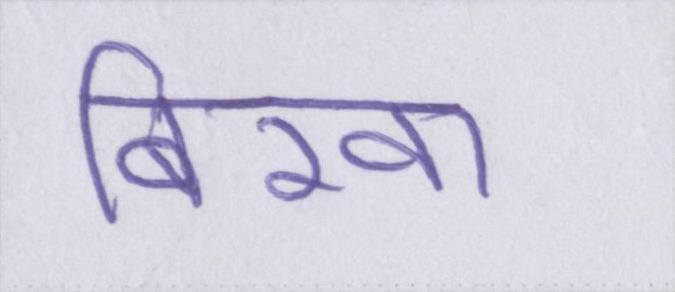
बिस्वा